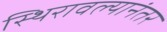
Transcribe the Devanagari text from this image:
स्थिरावल्यानंतर